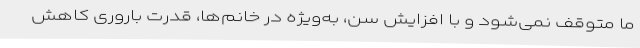
ما متوقف نمی‌شود و با افزایش سن، به‌ویژه در خانم‌ها، قدرت باروری کاهش